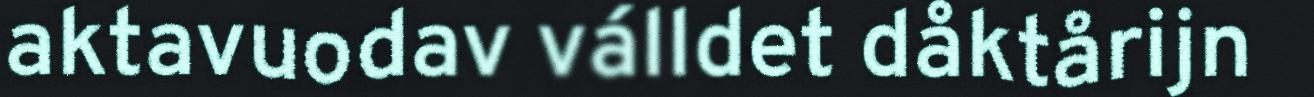
aktavuodav válldet dåktårijn